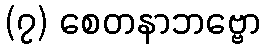
(၇) စေတနာဘဗ္ဗော